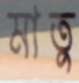
মাতু